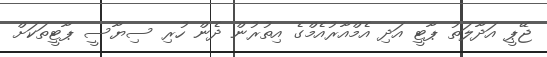
ޖޭޕީ އަދާލަތު ޕާޓީ އަދި އެމްއާރުއެމްގެ އިތުރުން ދެން ހުރި ސިޔާސީ ޕާޓީތަކަށް